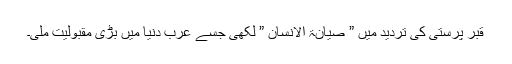
قبر پرستی کی تردید میں ” صیانۃ الانسان ” لکھی جسے عرب دنیا میں بڑی مقبولیت ملی۔